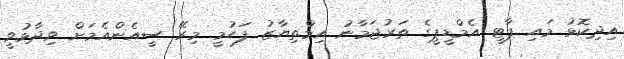
އިދިކޮޅު މައި ޕާޓީ އެމްޑީޕީގެ ތަރުޖަމާނު އިމްތިޔާޒު ފަހުމީ މިރޭ ސީއެންއެމަށް ވިދާޅުވީ